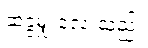
ဆခွဲမျှ လေးသည်။